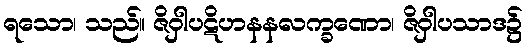
ရသော၊ သည်။ ဇိဝှါပဋိဟနနလက္ခဏော၊ ဇိဝှါပသာဒ၌